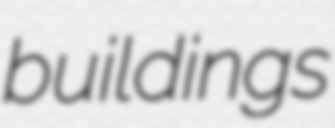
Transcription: buildings